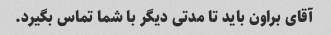
آقای براون باید تا مدتی دیگر با شما تماس بگیرد.